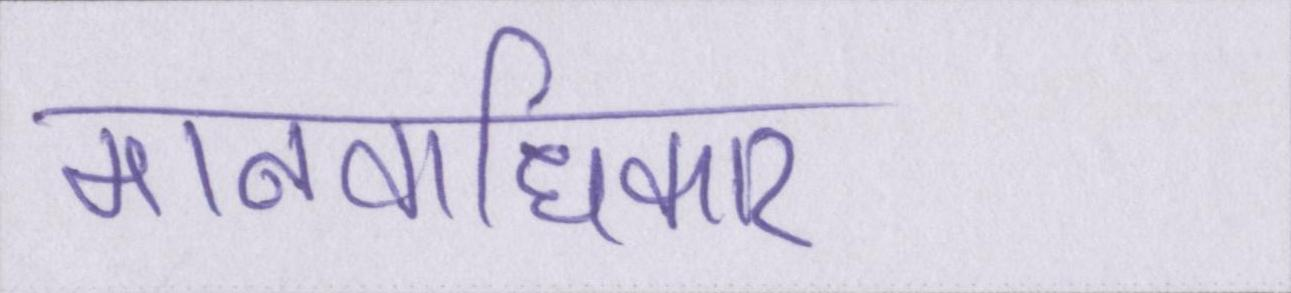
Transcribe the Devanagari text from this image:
मानवाधिकार